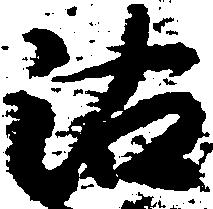
沽